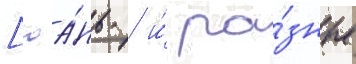
[юа́нь / и́ ра́зные